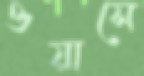
ওয়াসে